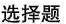
选择题